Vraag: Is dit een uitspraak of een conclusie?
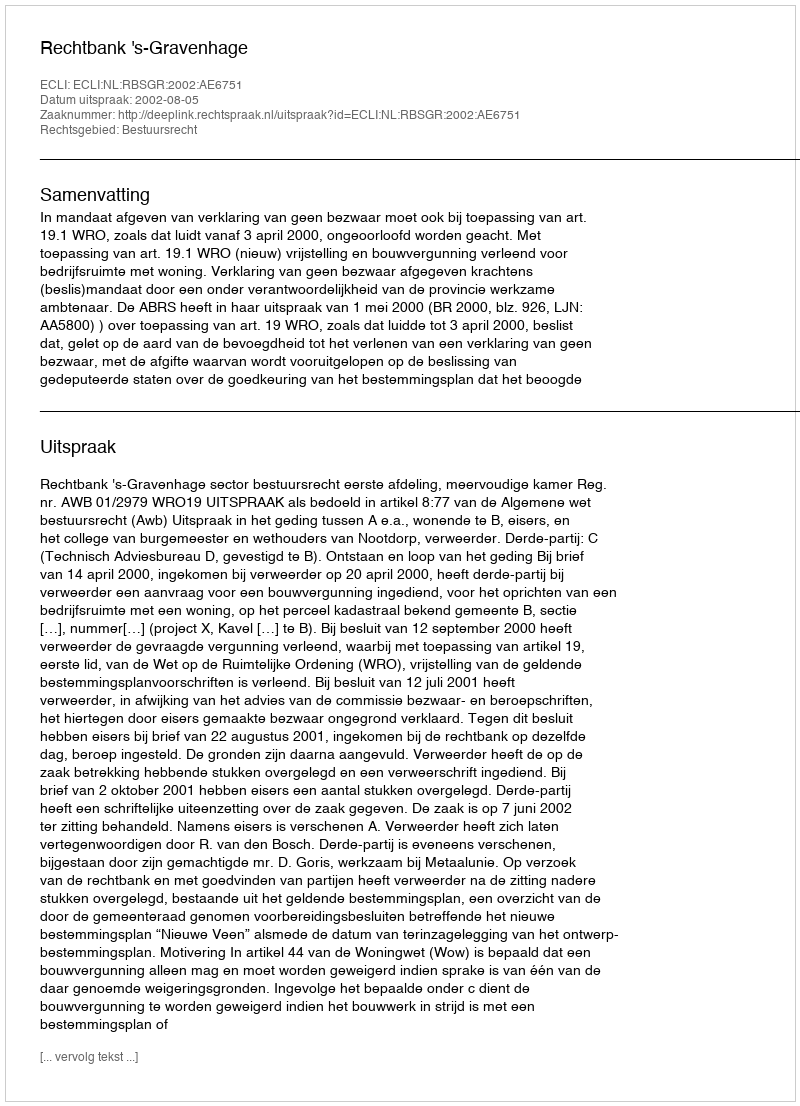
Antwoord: Uitspraak